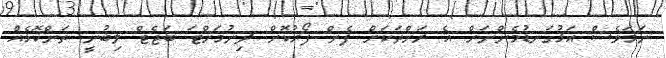
ނަމަވެސް އަޅުގަނޑުމެންނަށް އެ ރަށްތަކަށް ފެން ފޯރުކޮށް ދިނުމަށްޓަ ބަޖެޓް ލިބުނީ ތަންކޮޅެއް